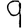
Digit: 9